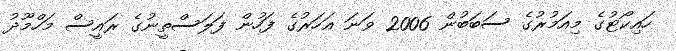
ހައިކޯޓުގެ މިއަމުރުގެ ސަބަބުން 2006 ވަނަ އަހަރުގެ ފަހުން ފަލަސްތީނުގެ ރައީސް މަހްމޫދު